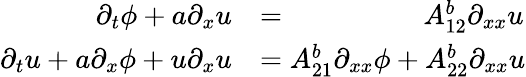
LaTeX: \begin{array}{rl}{\partial_{t}\phi+a\partial_{x}u}&{=\phantom{A_{21}^{b}\partial_{xx}\phi+\, }A_{12}^{b}\partial_{xx}u}\\ {\partial_{t}u+a\partial_{x}\phi+u\partial_{x}u}&{=A_{21}^{b}\partial_{xx}\phi+A_{22}^{b}\partial_{xx}u}\end{array}